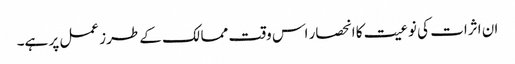
ان اثرات کی نوعیت کا انحصار اس وقت ممالک کے طرز عمل پر ہے۔